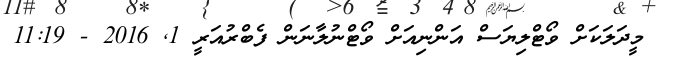
މީދަލަކަށް ވޯޓްލިޔަސް އަންނިއަށް ވޯޓްނުލާނަން ފެބްރުއަރީ 1